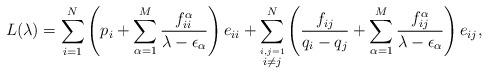
LaTeX: \begin{align*}L(\lambda) = \sum\sb{i=1}\sp N \left( p\sb i + \sum\sb{\alpha =1}\sp M{f\sb{ii}\sp\alpha\over\lambda-\epsilon\sb\alpha}\right) e\sb{ii} +\sum\sb{\stackrel{i,j =1}{i\neq j}}\sp N \left( {f\sb{ij}\over q\sb i-q\sb j}+\sum\sb{\alpha =1}\sp M{f\sb{ij}\sp\alpha\over\lambda-\epsilon\sb\alpha}\right) e\sb{ij},\end{align*}